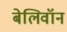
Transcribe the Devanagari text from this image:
बेलिवॉन